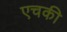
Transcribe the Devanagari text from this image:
एचकी